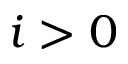
i > 0